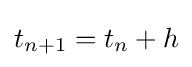
t_{n+1}=t_{n}+h